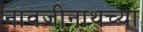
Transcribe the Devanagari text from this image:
नावजीनाथच्या